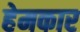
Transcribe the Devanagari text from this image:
हेमकार